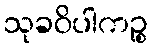
သုခဝိပါကဉ္စ